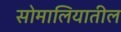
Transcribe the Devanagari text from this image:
सोमालियातील